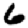
Digit: 6